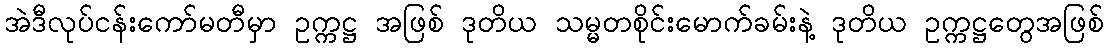
အဲဒီလုပ်ငန်းကော်မတီမှာ ဥက္ကဋ္ဌ အဖြစ် ဒုတိယ သမ္မတစိုင်းမောက်ခမ်းနဲ့ ဒုတိယ ဥက္ကဋ္ဌတွေအဖြစ်